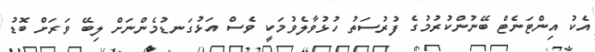
އެކު އިންޓަނެޓް ބޭނުންކުރުމުގެ ފުރުސަތު ހުޅުވާލެވުމަކީ ވެސް އަޅުގަނޑުމެންނަށް ލިބޭ ވަރަށް ބޮޑު